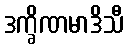
ဒက္ခိဏမာဒိသီ